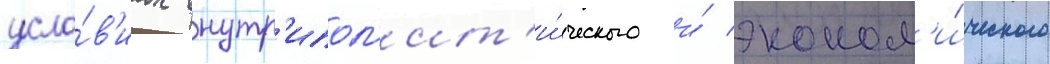
усло́в'иах внутр'ипол'ит'и́ческого и́ эконом'и́ческого